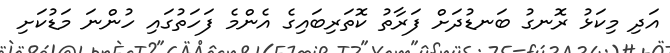
އަދި މިކަޅު ރޮނގު ބަނޑުދަށް ފަރާތު ކޮތަރިބައިގެ އެންމެ ފަހަތުގައި ހުންނަ މަޑުކަށި